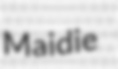
Maidie